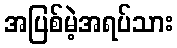
အပြစ်မဲ့အရပ်သား